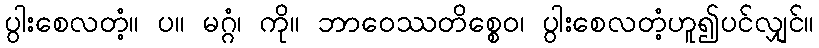
ပွါးစေလတံ့။ ပ။ မဂ္ဂံ၊ ကို။ ဘာဝေဿတိစ္စေဝ၊ ပွါးစေလတံ့ဟူ၍ပင်လျှင်။